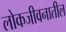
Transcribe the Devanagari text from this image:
लोकजीवनातील